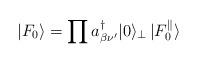
LaTeX: \begin{align*}|F_0 \rangle = \prod a^{\dagger}_{\beta \nu'} | 0 \rangle_{\bot} \, | F_0^{\parallel} \rangle \end{align*}